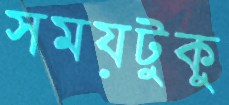
সময়টুকু